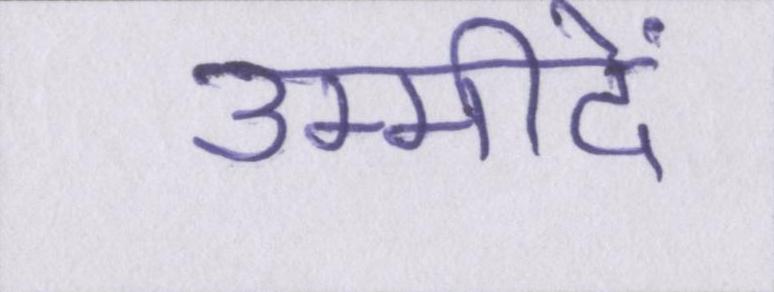
उम्मीदें